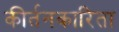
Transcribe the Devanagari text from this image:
कीर्तनकारिता